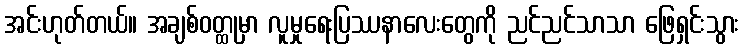
အင်းဟုတ်တယ်။ အချစ်ဝတ္ထုမှာ လူမှုရေးပြဿနာလေးတွေကို ညင်ညင်သာသာ ဖြေရှင်းသွား